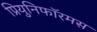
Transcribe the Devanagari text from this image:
प्रियुनिफॉरमस